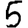
Digit: 5